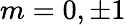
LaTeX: m=0,\pm 1